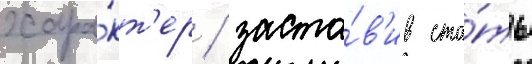
хара́кт'ер / заста́в'ив ста́ть